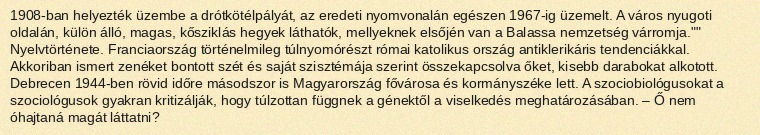
1908-ban helyezték üzembe a drótkötélpályát, az eredeti nyomvonalán egészen 1967-ig üzemelt. A város nyugoti oldalán, külön álló, magas, kősziklás hegyek láthatók, mellyeknek elsőjén van a Balassa nemzetség várromja."" Nyelvtörténete. Franciaország történelmileg túlnyomórészt római katolikus ország antiklerikáris tendenciákkal. Akkoriban ismert zenéket bontott szét és saját szisztémája szerint összekapcsolva őket, kisebb darabokat alkotott. Debrecen 1944-ben rövid időre másodszor is Magyarország fővárosa és kormányszéke lett. A szociobiológusokat a szociológusok gyakran kritizálják, hogy túlzottan függnek a génektől a viselkedés meghatározásában. – Ő nem óhajtaná magát láttatni?